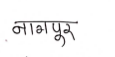
मजकूर: नागपुर